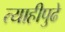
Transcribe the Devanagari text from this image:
त्याहीपुढे